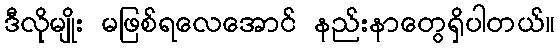
ဒီလိုမျိုး မဖြစ်ရလေအောင် နည်းနာတွေရှိပါတယ်။